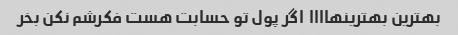
بهترین بهترینهاااا  اگر پول تو حسابت هست فکرشم نکن بخر